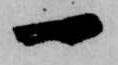
一